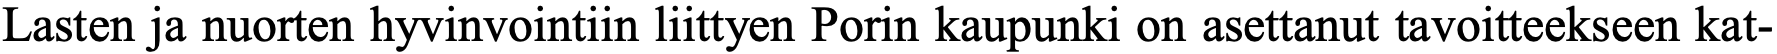
Lasten ja nuorten hyvinvointiin liittyen Porin kaupunki on asettanut tavoitteekseen kat-